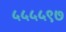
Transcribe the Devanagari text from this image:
५५५५९७